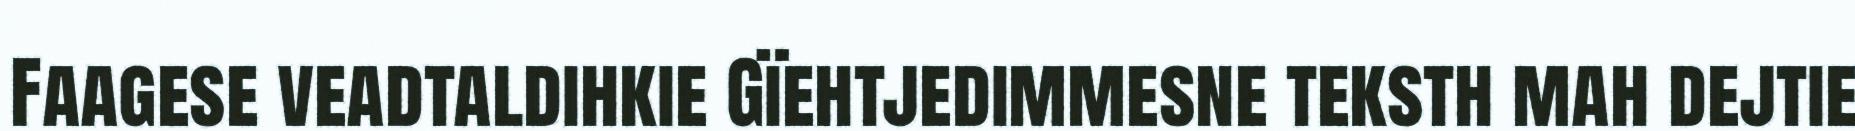
Faagese veadtaldihkie Gïehtjedimmesne teksth mah dejtie